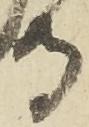
寺